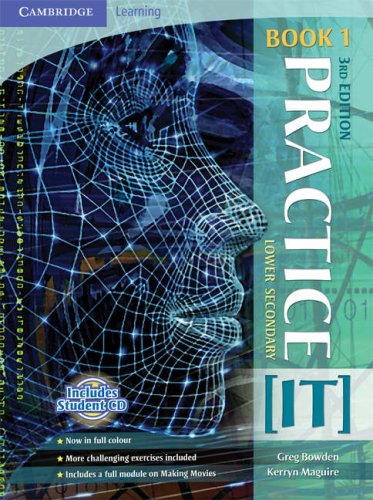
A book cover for Practice IT Book 1 with CD-ROM (Cambridge Learning) (Bk. 1); Greg Bowden; Children's Books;